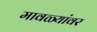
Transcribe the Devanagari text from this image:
मावळ्यांवर